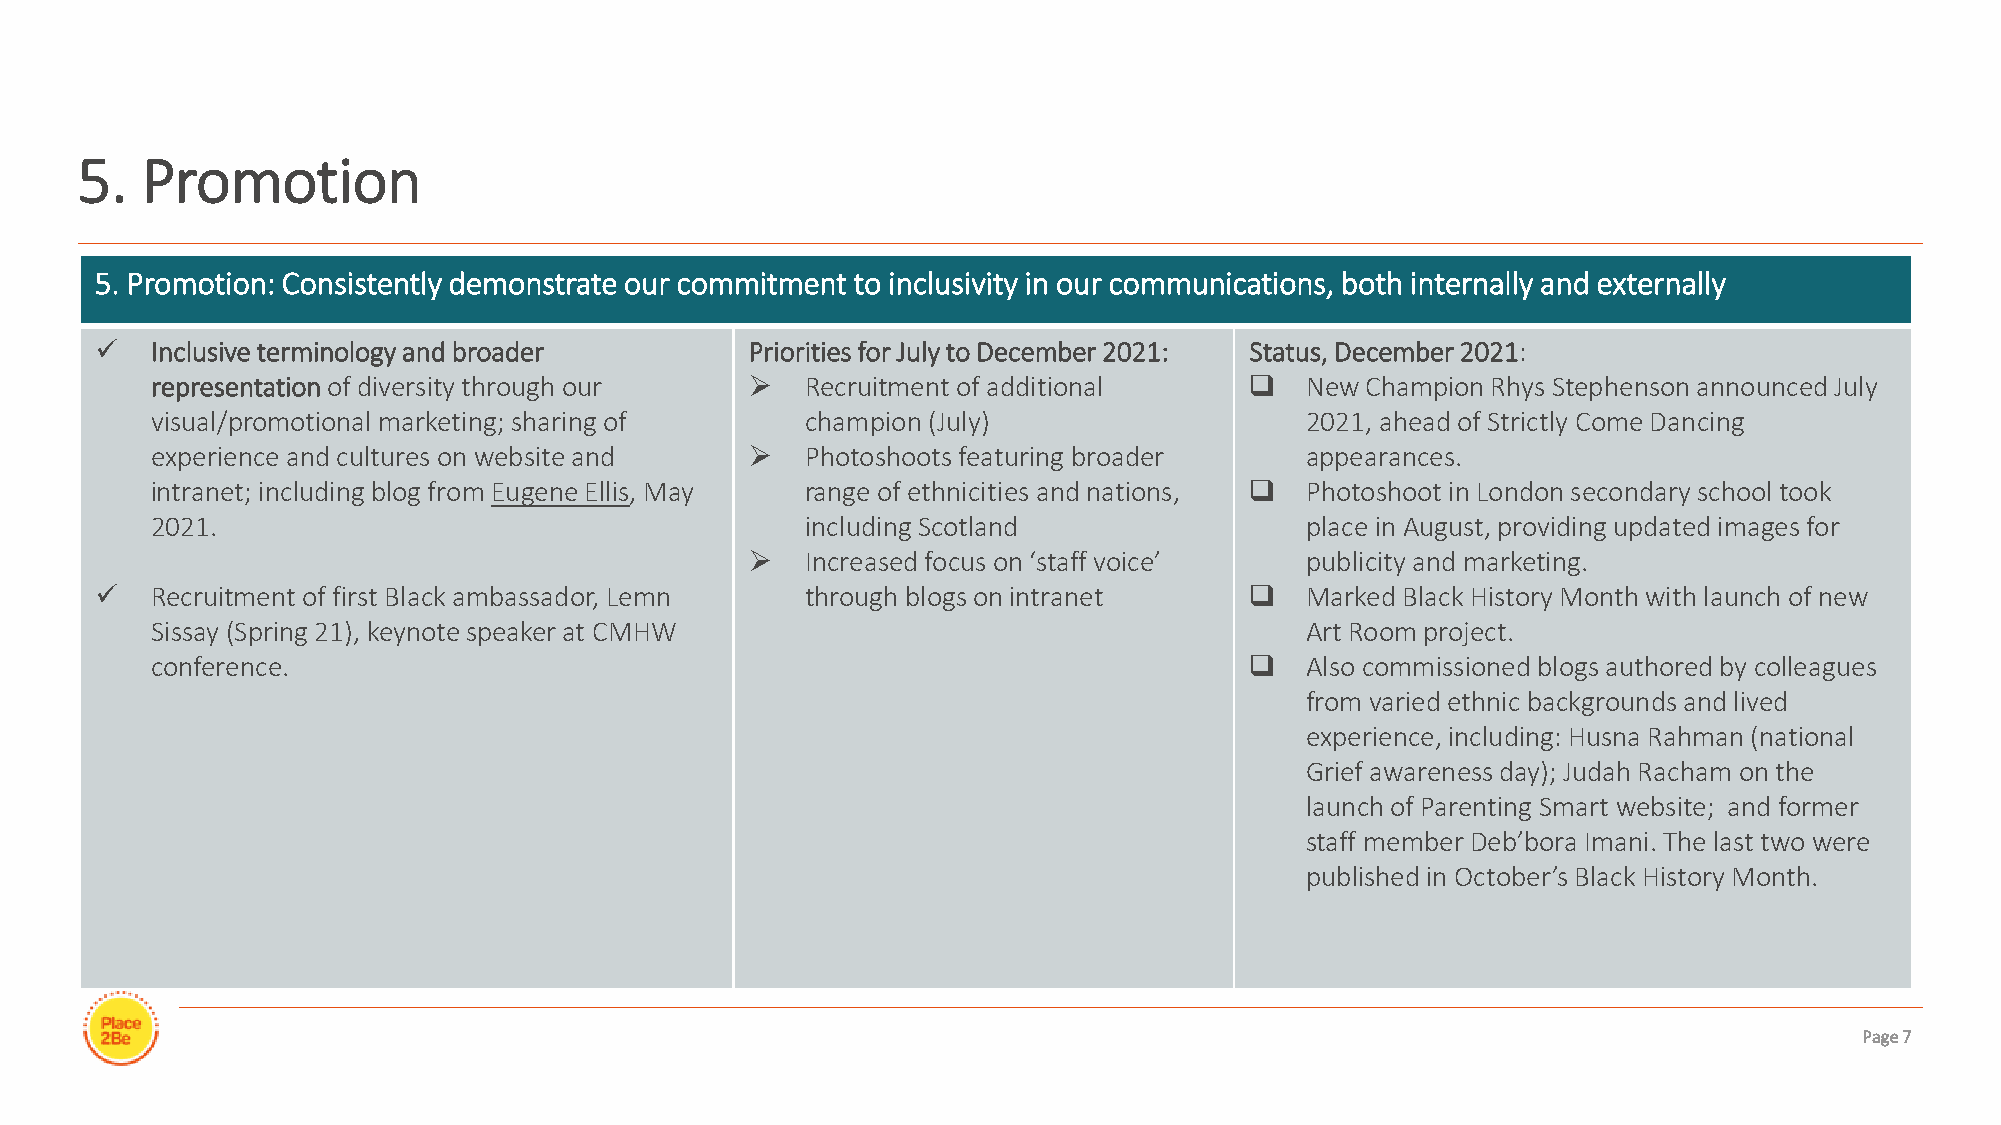
5.  Promotion
 5. Promotion: Consistently demonstrate our commitment to inclusivity in our communications, both internally and externally
 ✓   Inclusive terminology and broader       Priorities for July to December 2021: Status, December 2021:
 representation of diversity through our ➢  Recruitment of additional     ❑  New Champion Rhys Stephenson announced July
 visual/promotional marketing; sharing of   champion (July)                  2021, ahead of Strictly Come Dancing
 experience and cultures on website and  ➢  Photoshoots featuring broader    appearances.
 intranet; including blog from Eugene Ellis, May range of ethnicities and nations, ❑ Photoshoot in London secondary school took
 2021.                                      including Scotland               place in August, providing updated images for
 ➢  Increased focus on ‘staff voice’ publicity and marketing.
 ✓   Recruitment of first Black ambassador, Lemn through blogs on intranet    ❑  Marked Black History Month with launch of new
 Sissay (Spring 21), keynote speaker at CMHW                                 Art Room project.
 conference.                                                              ❑  Also commissioned blogs authored by colleagues
 from varied ethnic backgrounds and lived
 experience, including: Husna Rahman (national
 Grief awareness day); Judah Racham on the
 launch of Parenting Smart website; and former
 staff member Deb’boraImani. The last two were
 published in October’s Black History Month.
 Page 7